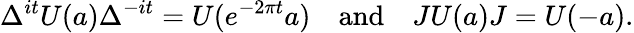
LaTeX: \Delta^{it}U(a)\Delta^{-it}=U(e^{-2\pi t}a)\quad\mathrm{and}\quad JU(a)J=U(-a).